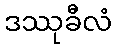
ဒဿုခီလံ